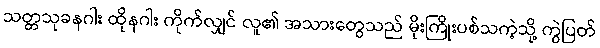
သတ္တသုခနဂါး ထိုနဂါး ကိုက်လျှင် လူ၏ အသားတွေသည် မိုးကြိုးပစ်သကဲ့သို့ ကွဲပြတ်